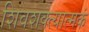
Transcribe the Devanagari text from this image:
शिवशक्त्यात्मकं